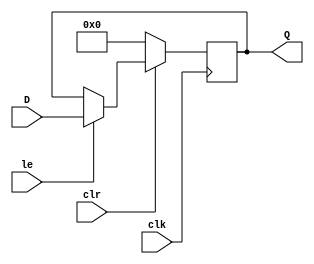
module RX(
	input wire [31:0] D,
	output reg [31:0] Q,
	input clk, clr, le,
	);

	always @(posedge clk)
	begin
		if (clr == 0)
			Q <= 0;
		else if (le)
			Q <= D;
	end
endmodule